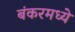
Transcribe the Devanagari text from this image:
बंकरमध्ये